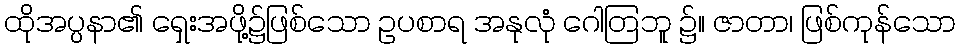
ထိုအပ္ပနာ၏ ရှေးအဖို့၌ဖြစ်သော ဥပစာရ အနုလုံ ဂေါတြဘူ ၌။ ဇာတာ၊ ဖြစ်ကုန်သော